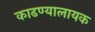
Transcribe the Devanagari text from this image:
काढण्यालायक